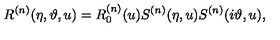
R ^ { ( n ) } ( \eta , \vartheta , u ) = R _ { 0 } ^ { ( n ) } ( u ) S ^ { ( n ) } ( \eta , u ) S ^ { ( n ) } ( i \vartheta , u ) ,